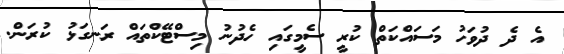
އެ ދެ ދުވަހު މަސައްކަތް ކުރީ ސެމީގައި ހެދުނު މިސްޓޭކްތައް ރަނގަޅު ކުރަން.